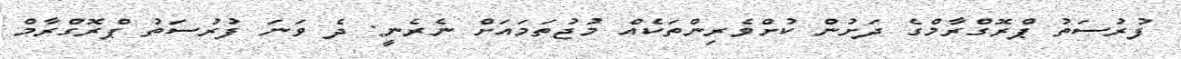
ފުރުސަތު ޕްރޮގްރާމްގެ ދަށުން ކުށްވެރިންތަކެއް މުޖުތަމައަށް ނެރެނީ: ދެ ވަނަ ފުރުސަތު ޕްރޮގްރާމް